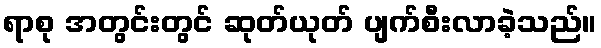
ရာစု အတွင်းတွင် ဆုတ်ယုတ် ပျက်စီးလာခဲ့သည်။